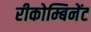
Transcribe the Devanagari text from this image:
रीकोम्बिनेंट